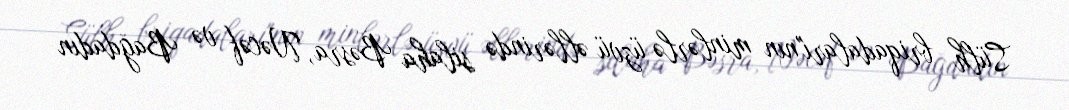
Sülh briqadaları"nın minlərlə üzvü əllərində silaha Bəsra, Nəcəf və Bağdadın